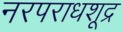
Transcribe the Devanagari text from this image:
नरपराधशूद्र